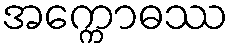
အက္ကောဓဿ